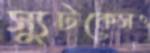
স্যুটকেসও